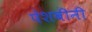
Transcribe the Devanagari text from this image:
पेशबीनी